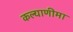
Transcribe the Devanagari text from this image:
कल्‍याणीमा